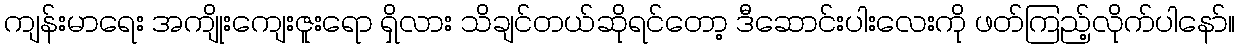
ကျန်းမာရေး အကျိုးကျေးဇူးရော ရှိလား သိချင်တယ်ဆိုရင်တော့ ဒီဆောင်းပါးလေးကို ဖတ်ကြည့်လိုက်ပါနော်။